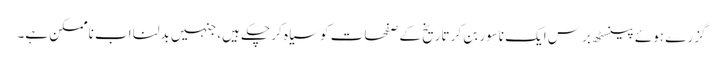
گزرے ہوئے پینسٹھ برس ایک ناسور بن کر تاریخ کے صفحات کو سیاہ کر چکے ہیں، جنہیں بدلنا اب ناممکن ہے۔